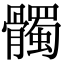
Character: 髑